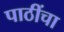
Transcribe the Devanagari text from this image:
पाठींचा